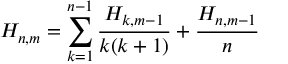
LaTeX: H _ { n , m } = \sum _ { k = 1 } ^ { n - 1 } { \frac { H _ { k , m - 1 } } { k ( k + 1 ) } } + { \frac { H _ { n , m - 1 } } { n } }